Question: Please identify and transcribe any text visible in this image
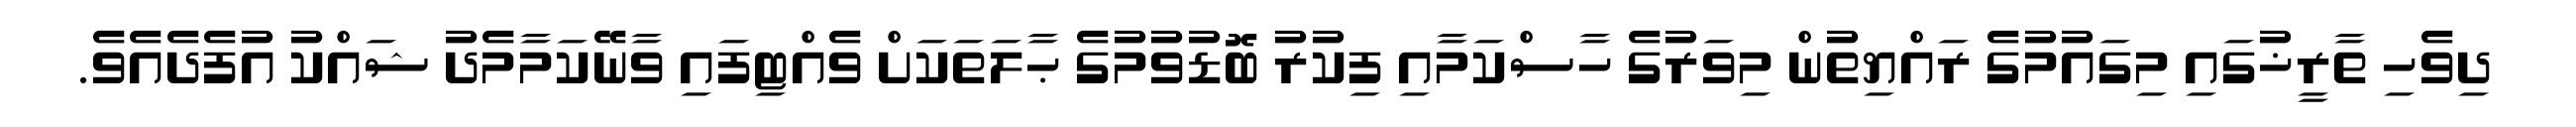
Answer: ދިވެހި ތާރީޚުގައި މިގައުމުގެ ރައްޔިތުން މިވަރުގެ ހާސްކަމާއި ފިކުރު ބޮޑުވުމުގެ ޙާލަތަކަށް ވެއްޓިފައި ވާނޭކަމާމެދު ޝައްކު އުފެދެއެވެ.